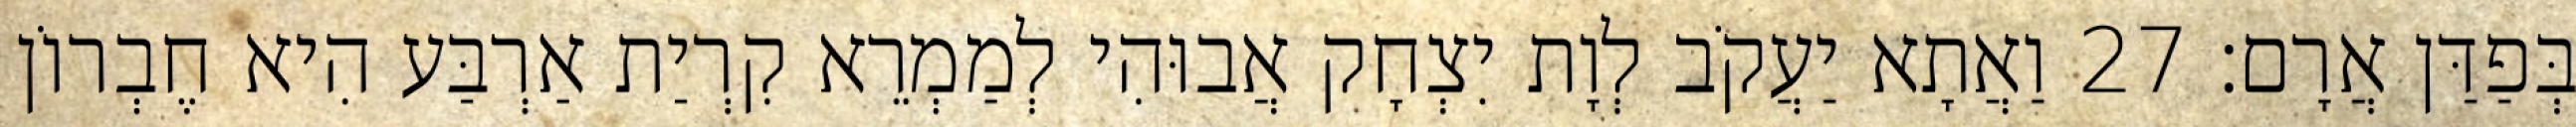
בְּפַדַּן אֲרָם׃ 27 וַאֲתָא יַעֲקֹב לְוָת יִצְחָק אֲבוּהִי לְמַמְרֵא קִרְיַת אַרְבַּע הִיא חֶבְרוֹן